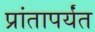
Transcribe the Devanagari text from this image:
प्रांतापर्यंत